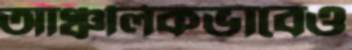
আঞ্চলিকভাবেও